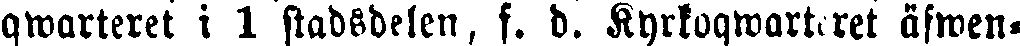
qwarteret i 1 stadsdelen, f. d. Kyrkoqwarteret äfwen-